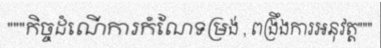
"""កិច្ចដំណើការកំណែទម្រង់ , ពង្រឹងការអនុវត្ត"""